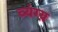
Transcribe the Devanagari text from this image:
व्यंग्य़